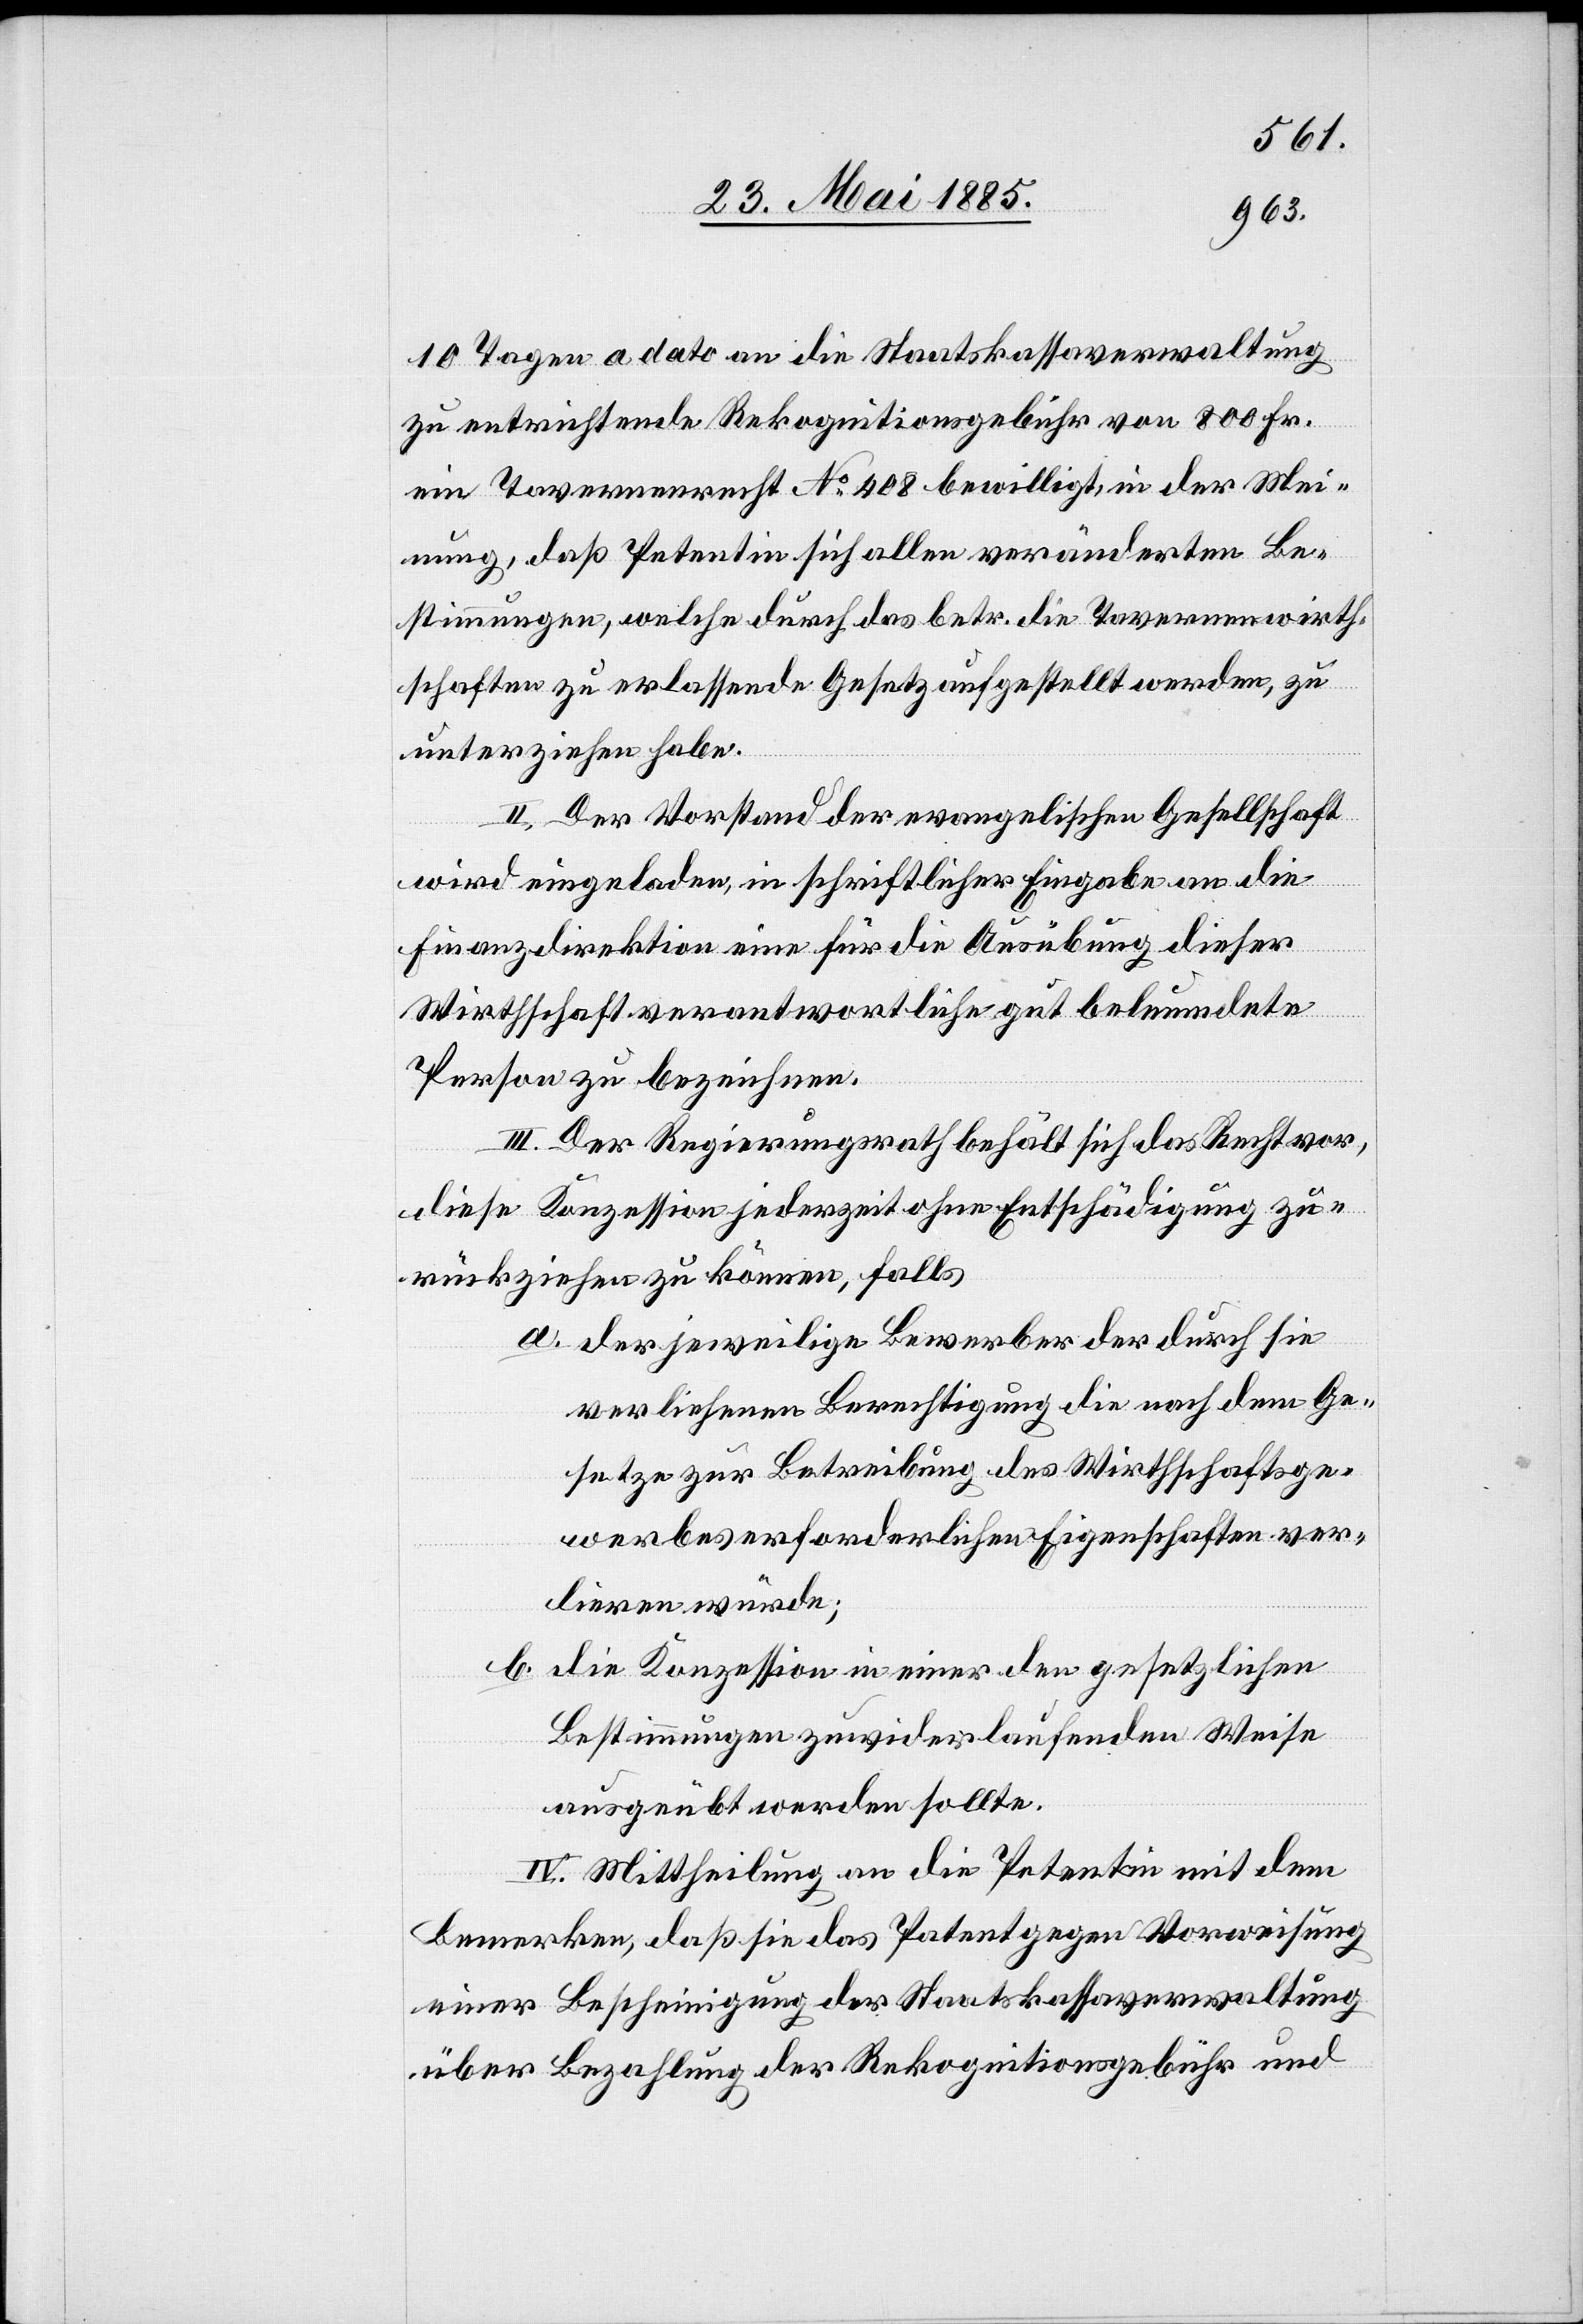
10 Tagen a dato an die Staatskassaverwaltung
zu entrichtende Rekognitionsgebühr von 800 Fr.
ein Tavernenrecht No 408 bewilligt in der Mei¬
nung, daß Petentin sich allen veränderten Be¬
stimmungen, welche durch das betr. die Tavernenwirth¬
schaften zu erlassende Gesetz aufgestellt werden, zu
unterziehen habe.
II. Der Vorstand der evangelischen Gesellschaft
wird eingeladen, in schriftlicher Eingabe an die
Finanzdirektion eine für die Ausübung dieser
Wirthschaft verantwortliche gut beleumdete
Person zu bezeichnen.
III. Der Regierungsrath behält sich das Recht vor,
diese Konzession jederzeit ohne Entschädigung zu¬
rückziehen zu können, falls
a. der jeweilige Bewerber der durch sie
verliehenen Berechtigung die nach dem Ge¬
setze zur Betreibung des Wirthschaftsge¬
werbes erforderlichen Eigenschaften ver¬
lieren würde;
b. die Konzession in einer den gesetzlichen
Bestimmungen zuwiderlaufenden Weise
ausgeübt werden sollte.
IV. Mittheilung an die Petentin mit dem
Bemerken, daß sie das Patent gegen Vorweisung
einer Bescheinigung der Staatskassaverwaltung
über Bezahlung der Rekognitionsgebühr und